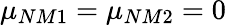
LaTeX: {\mu}_{NM1}={\mu}_{NM2}=0